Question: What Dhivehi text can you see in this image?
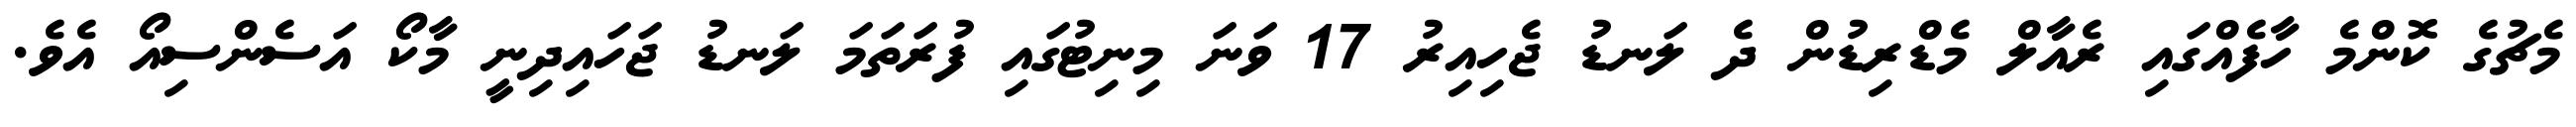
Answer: މެޗުގެ ކޮންމެ ހާފެއްގައި ރެއާލް މެޑްރިޑުން ދެ ލަނޑު ޖެހިއިރު 17 ވަނަ މިނިޓުގައި ފުރަތަމަ ލަނޑު ޖަހައިދިނީ މާކޯ އަސެންސިއޯ އެވެ.